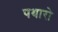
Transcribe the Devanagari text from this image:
पथारो